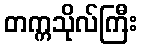
တက္ကသိုလ်ကြီး